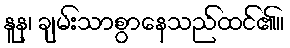
နူန၊ ချမ်းသာစွာနေသည်ထင်၏။